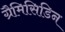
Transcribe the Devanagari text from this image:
ग्रैमिसिडिन